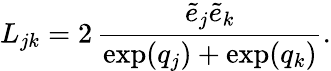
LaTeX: L_{jk}=2\, \frac{\tilde{e}_{j}\tilde{e}_{k}}{\exp(q_{j})+\exp(q_{k})}.